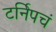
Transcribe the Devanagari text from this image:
टर्निपचं